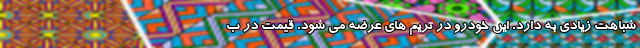
شباهت زیادی به دارد. این خودرو در تریم های عرضه می شود. قیمت در ب